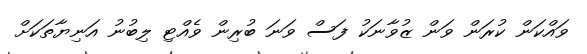
ވައްކަން ކުރަން ވަން ޒުވާނަކު ފަސް ވަނަ ބުރިން ވެއްޓި ލިބުނު އަނިޔާތަކަށް